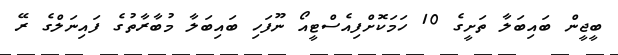
ބީޖީން ބައިބަލާ ތަށީގެ 10 ހަމަކޮށްފިއެސްޓީއޯ ނޫފަހި ބައިބަލާ މުބާރާތުގެ ފައިނަލްގެ ރޭ